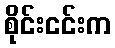
စိုင်းငင်းက